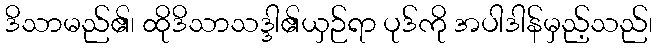
ဒိသာမည်၏၊ ထိုဒိသာသဒ္ဒါ၏ယှဉ်ရာ ပုဒ်ကို အပါဒါန်မှည့်သည်၊